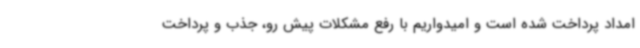
امداد پرداخت شده است و امیدواریم با رفع مشکلات پیش رو، جذب و پرداخت